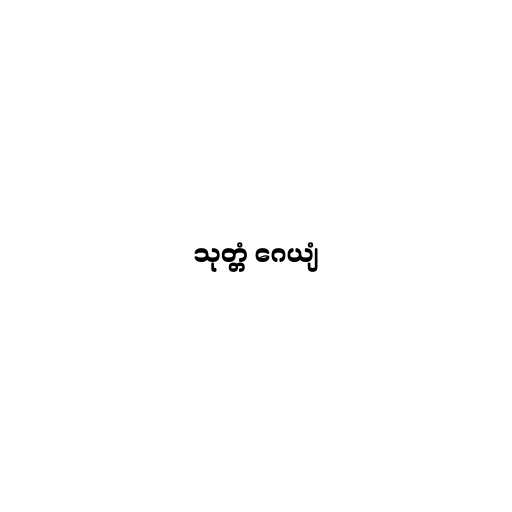
သုတ္တံ ဂေယျံ